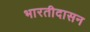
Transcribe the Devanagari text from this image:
भारतीदासन